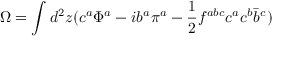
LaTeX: \Omega = \int d ^ { 2 } z ( c ^ { a } \Phi ^ { a } - i b ^ { a } \pi ^ { a } - \frac { 1 } { 2 } f ^ { a b c } c ^ { a } c ^ { b } \bar { b } ^ { c } )